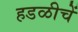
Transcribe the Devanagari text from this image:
हडळीचें